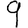
Digit: 9